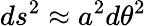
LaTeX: ds^{2}\approx a^{2}d\theta^{2}